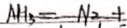
\Lambda H _ { 3 } = N _ { 2 } +